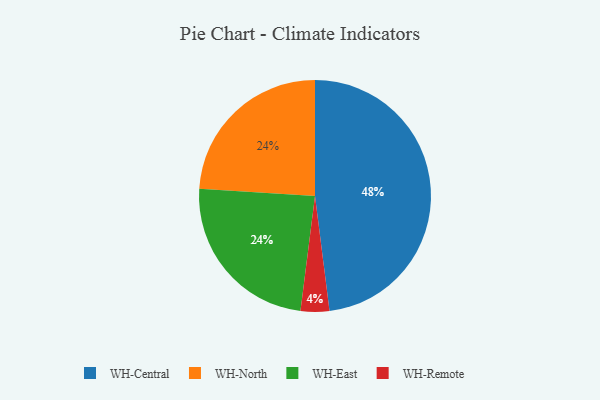
{"axis": {"x": "Category", "y": "Percentage"}, "legend": ["WH-Central", "WH-East", "WH-North", "WH-Remote"], "data": [{"x": "WH-Central", "y": 48, "type": "WH-Central"}, {"x": "WH-North", "y": 24, "type": "WH-North"}, {"x": "WH-Remote", "y": 4, "type": "WH-Remote"}, {"x": "WH-East", "y": 24, "type": "WH-East"}]}